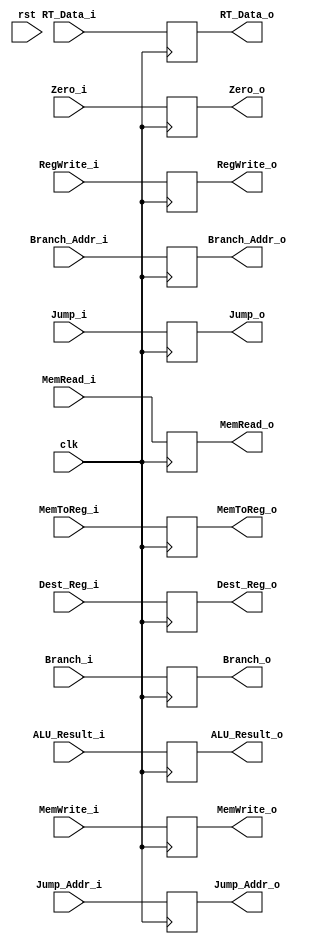
module EX_MEM(
clk,
rst,
Branch_i,
Jump_i,
MemRead_i,
MemWrite_i,
Branch_o,
Jump_o,
MemRead_o,
MemWrite_o,
RegWrite_i,
MemToReg_i,
RegWrite_o,
MemToReg_o,
Jump_Addr_i,
Branch_Addr_i,
ALU_Result_i,
Zero_i,
RT_Data_i,
Dest_Reg_i,
Jump_Addr_o,
Branch_Addr_o,
ALU_Result_o,
Zero_o,
RT_Data_o,
Dest_Reg_o
);

input clk;
input rst;

// MEM control signal
input Branch_i;
input Jump_i;
input MemRead_i;
input MemWrite_i;
output reg Branch_o;
output reg Jump_o;
output reg MemRead_o;
output reg MemWrite_o;

// WB control signal
input RegWrite_i;
input MemToReg_i;
output reg RegWrite_o;
output reg MemToReg_o;

input [32-1:0] Jump_Addr_i;
input [32-1:0] Branch_Addr_i;
input [32-1:0] ALU_Result_i;
input Zero_i;
input [32-1:0] RT_Data_i;
input [5-1:0] Dest_Reg_i;
output reg [32-1:0] Jump_Addr_o;
output reg [32-1:0] Branch_Addr_o;
output reg [32-1:0] ALU_Result_o;
output reg Zero_o;
output reg [32-1:0] RT_Data_o;
output reg [5-1:0] Dest_Reg_o;

always @(posedge clk) begin
	/*if (rst) begin
		Branch_o <= 0;
		Jump_o <= 0;
		MemRead_o <= 0;
		MemWrite_o <= 0;
		RegWrite_o <= 0;
		MemToReg_o <= 0;
		Jump_Addr_o <= 0;
		Branch_Addr_o <= 32'b0;
		ALU_Result_o <= 32'b0;
		Zero_o <= 0;
		RT_Data_o <= 32'b0;
		Dest_Reg_o <= 5'b0;
	end*/
	//else begin
		Branch_o <= Branch_i;
		Jump_o <= Jump_i;
		MemRead_o <= MemRead_i;
		MemWrite_o <= MemWrite_i;
		RegWrite_o <= RegWrite_i;
		MemToReg_o <= MemToReg_i;
		Jump_Addr_o <= Jump_Addr_i;
		Branch_Addr_o <= Branch_Addr_i;
		ALU_Result_o <= ALU_Result_i;
		Zero_o <= Zero_i;
		RT_Data_o <= RT_Data_i;
		Dest_Reg_o <= Dest_Reg_i;
	//end
	//$display("ALU & WriteReg: %d %d",ALU_Result_i, Dest_Reg_i);
	//$display("zero: %d", Zero_i);
end

endmodule